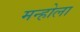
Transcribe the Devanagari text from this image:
मन्होला